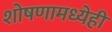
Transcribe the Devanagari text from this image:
शोषणामध्येही